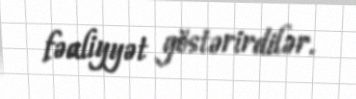
fəaliyyət göstərirdilər.